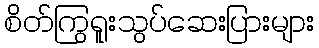
စိတ်ကြွရူးသွပ်ဆေးပြားများ